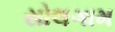
સોલગામ